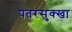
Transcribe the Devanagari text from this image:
पतरसुक्खा